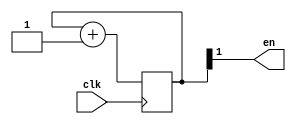
`timescale 1ns / 1ps
//////////////////////////////////////////////////////////////////////////////////
// Company: 
// Engineer: 
// 
// Design Name: 
// Module Name: clk_div
// Project Name: 
// Target Devices: 
// Tool Versions: 
// Description: 
// 
// Dependencies: 
// 
// Revision:
// Revision 0.01 - File Created
// Additional Comments:
// 
//////////////////////////////////////////////////////////////////////////////////


module clk_div(
    input clk,
    output en
    );
    
    reg [1:0] m;
    
    initial m = 0;
    
    always @(posedge clk) begin
        m <= m + 1;
    end
    
    assign en = m[1];
endmodule